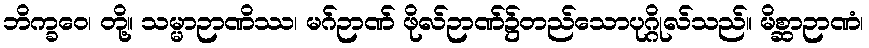
ဘိက္ခဝေ၊ တို့။ သမ္မာဉာဏိဿ၊ မဂ်ဉာဏ် ဖိုလ်ဉာဏ်၌တည်သောပုဂ္ဂိုလ်သည်။ မိစ္ဆာဉာဏံ၊